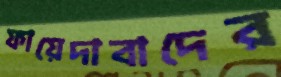
ফায়েদাবাদের